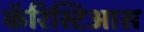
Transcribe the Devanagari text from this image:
कॅरिस्टिआस